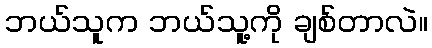
ဘယ်သူက ဘယ်သူ့ကို ချစ်တာလဲ။